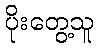
ပိုးတွေ့သူ